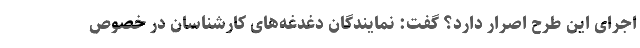
اجرای این طرح اصرار دارد؟ گفت: نمایندگان دغدغه‌های کارشناسان در خصوص